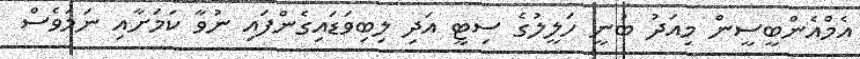
އެމްއެންބީސީން މިއަދު ބުނީ ހަލީލުގެ ސިޓީ އަދި ލިބިވަޑައިގެންފައި ނުވާ ކަމަށާއި ނަމަވެސް